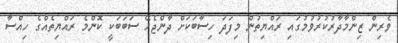
ވެރިން ޒިންމާދާރުކުރުވުމުގައި ރައްޔިތުން މިފަދަ ހިސާބަކަށް ދާންޖެހޭ ސަބަބަކީ ކޮންމެ ރައްޔިތެއްގެ ހިއްސާ